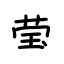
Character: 莹